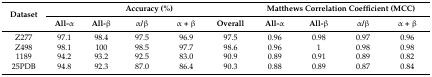
<table><thead><tr><td rowspan="2"><b>Dataset</b></td><td colspan="5"><b>Accuracy (%)</b></td><td colspan="4"><b>Matthews Correlation Coefficient (MCC)</b></td></tr><tr><td><b>All-α</b></td><td><b>All-β</b></td><td><b>α/β</b></td><td><b>α + β</b></td><td><b>Overall</b></td><td><b>All-α</b></td><td><b>All-β</b></td><td><b>α/β</b></td><td><b>α + β</b></td></tr></thead><tbody><tr><td>Z277</td><td>97.1</td><td>98.4</td><td>97.5</td><td>96.9</td><td>97.5</td><td>0.96</td><td>0.98</td><td>0.97</td><td>0.96</td></tr><tr><td>Z498</td><td>98.1</td><td>100</td><td>98.5</td><td>97.7</td><td>98.6</td><td>0.96</td><td>1</td><td>0.98</td><td>0.98</td></tr><tr><td>1189</td><td>94.2</td><td>93.2</td><td>92.5</td><td>83.0</td><td>90.9</td><td>0.89</td><td>0.91</td><td>0.89</td><td>0.82</td></tr><tr><td>25PDB</td><td>94.8</td><td>92.3</td><td>87.0</td><td>86.4</td><td>90.3</td><td>0.88</td><td>0.89</td><td>0.87</td><td>0.84</td></tr></tbody></table>